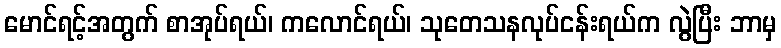
မောင်ရင့်အတွက် စာအုပ်ရယ်၊ ကလောင်ရယ်၊ သုတေသနလုပ်ငန်းရယ်က လွဲပြီး ဘာမှ